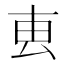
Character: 叀